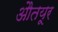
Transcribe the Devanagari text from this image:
औतयूर